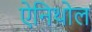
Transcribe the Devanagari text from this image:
ऐनिथोल